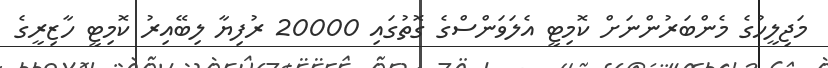
މަޖިލީހުގެ މެންބަރުންނަށް ކޮމިޓީ އެލަވަންސްގެ ގޮތުގައި 20000 ރުފިޔާ ލިބޭއިރު ކޮމިޓީ ހާޒިރީގެ